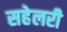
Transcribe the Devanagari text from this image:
सहेलरी